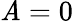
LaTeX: \mathit{A}=0